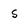
Character: S